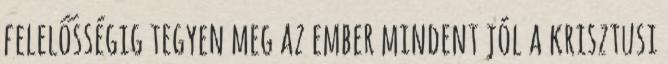
felelősségig tegyen meg az ember mindent jól a krisztusi